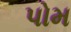
પોમ